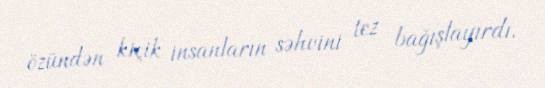
özündən kiçik insanların səhvini tez bağışlayırdı.